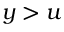
y > u